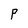
Character: P